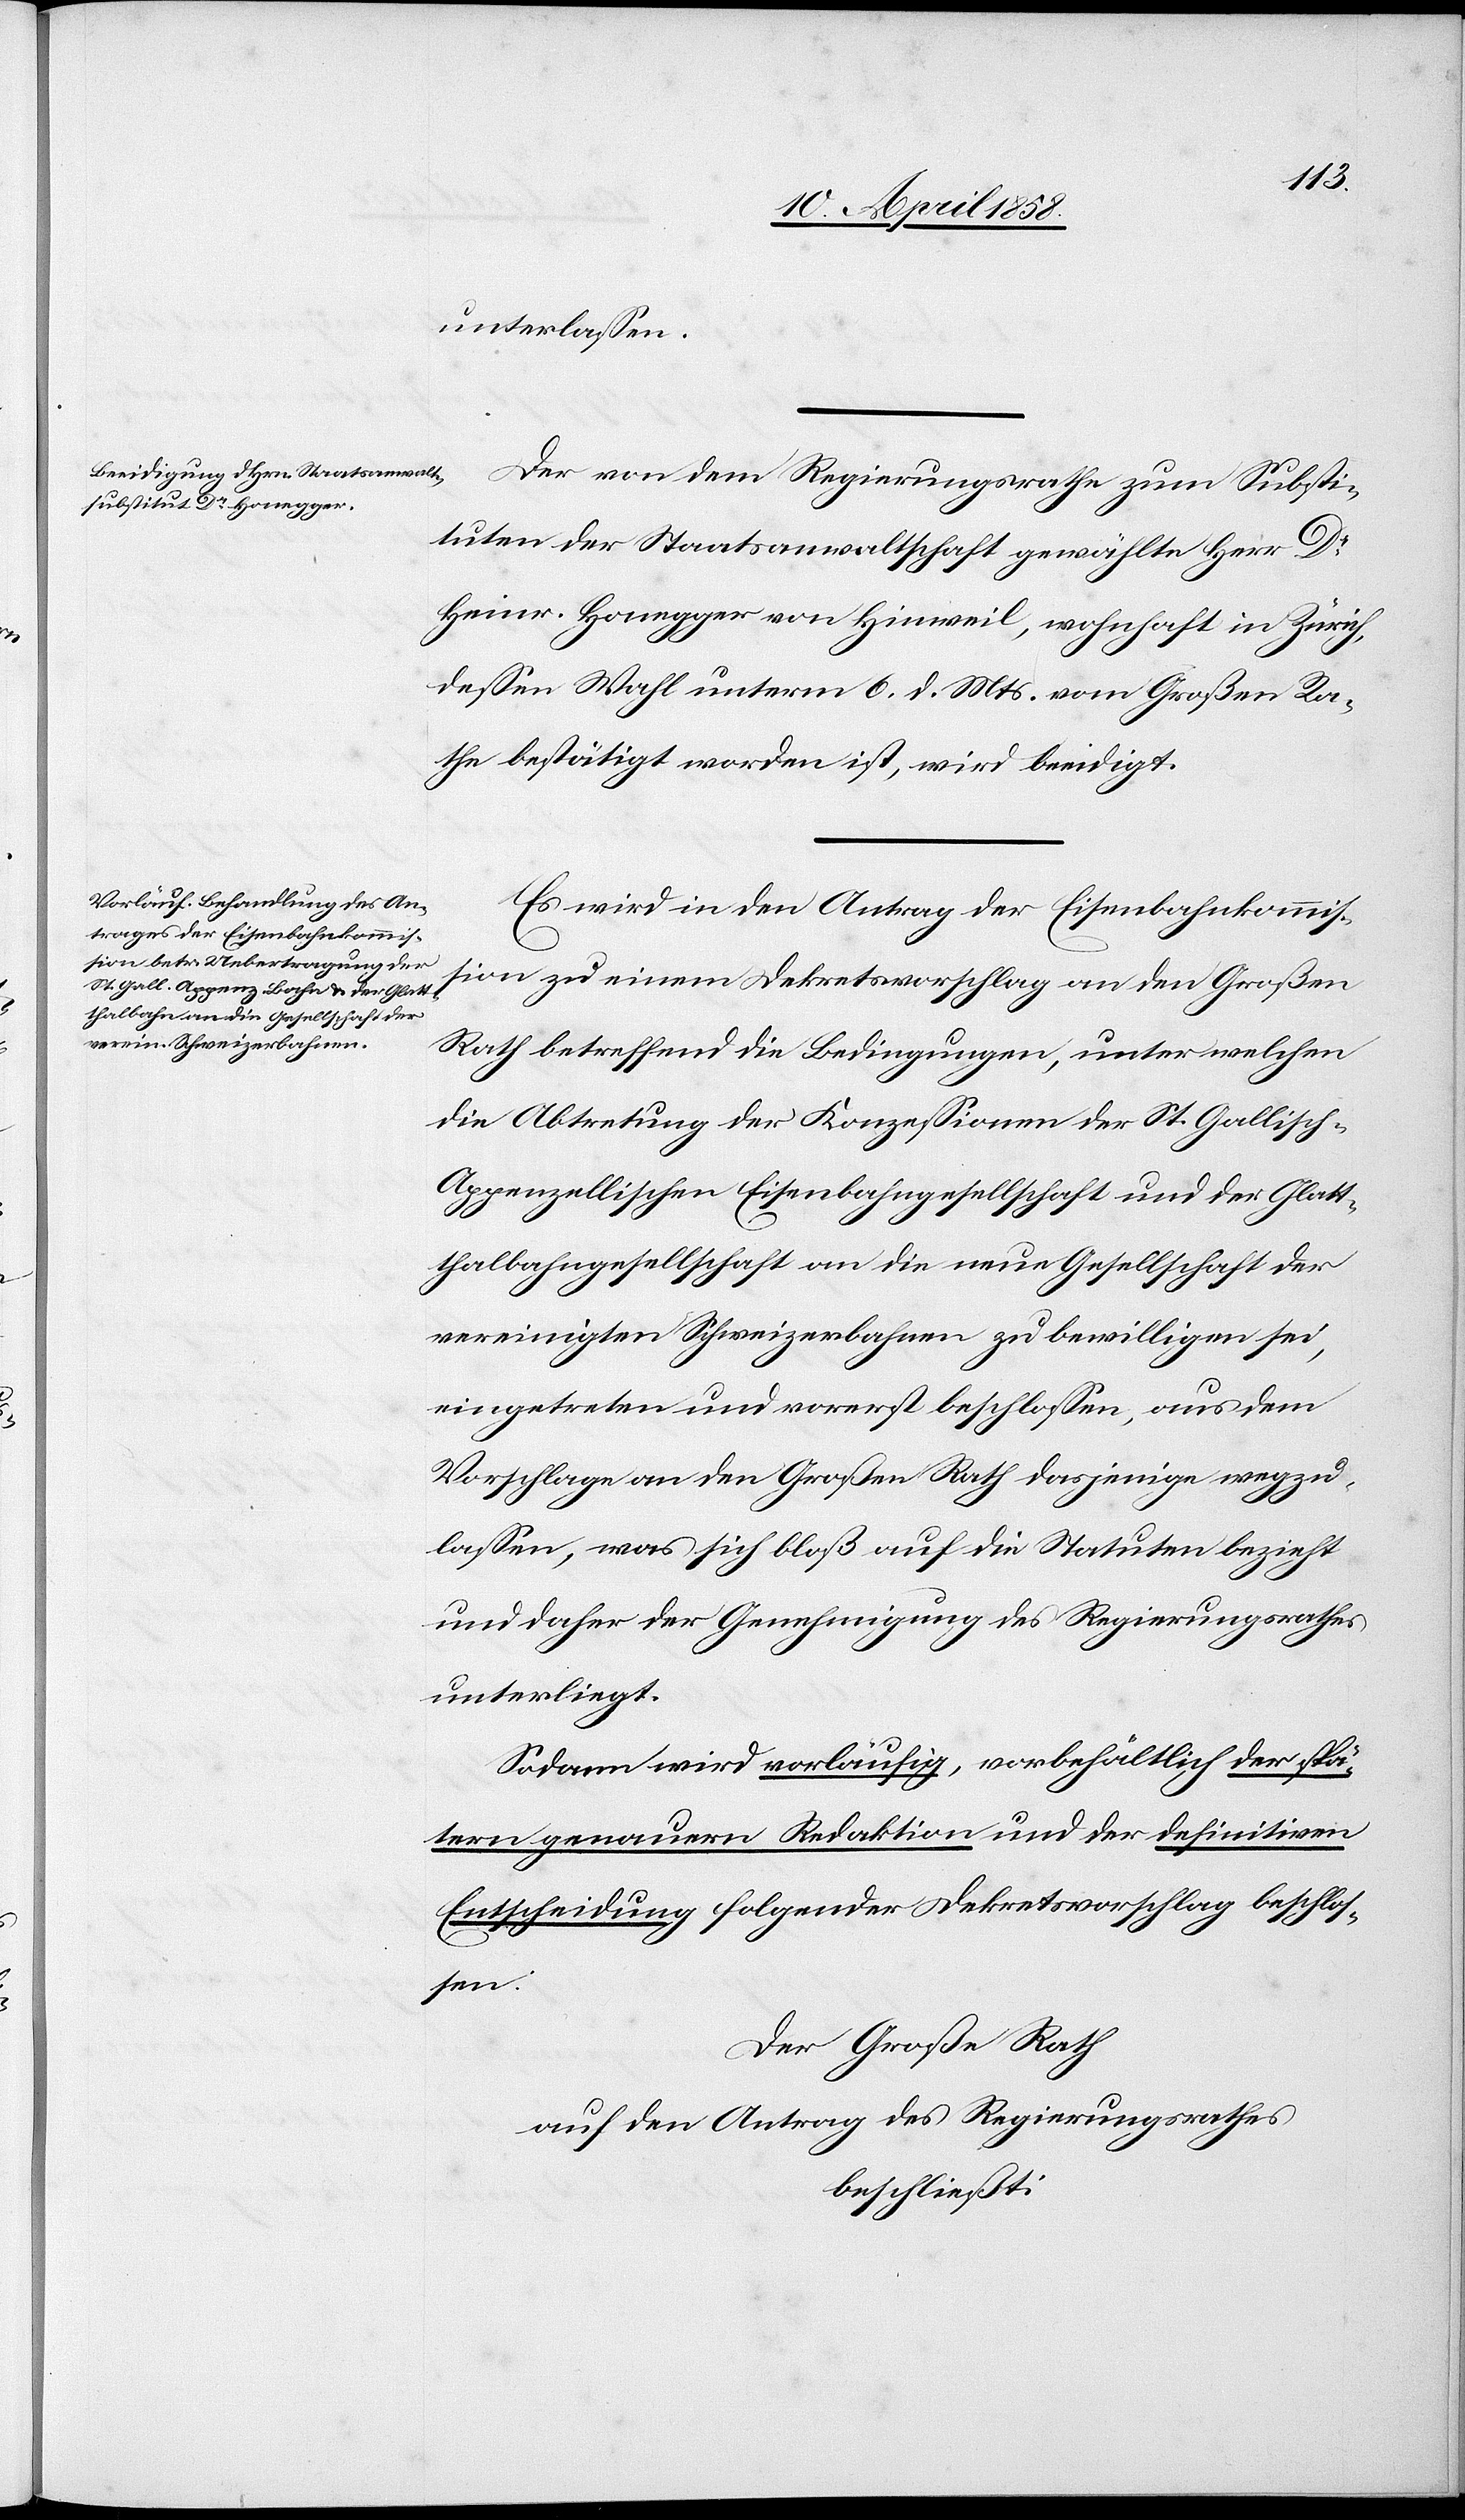
unterlassen.
Der von dem Regierungsrathe zum Substi¬
tuten der Staatsanwaltschaft gewählte Herr Dr
Heinr. Honegger von Hinweil, wohnhaft in Zürich,
dessen Wahl unterm 6. d. Mts. vom Großen Ra¬
the bestätigt worden ist, wird beeidigt.
Es wird in den Antrag der Eisenbahnkommis¬
sion zu einem Dekretsvorschlag an den Großen
Rath betreffend die Bedingungen, unter welchen
die Abtretung der Konzessionen der St. Gallisch-A¬
ppenzellischen Eisenbahngesellschaft und der Glatt¬
thalbahngesellschaft an die neue Gesellschaft der
vereinigten Schweizerbahnen zu bewilligen sei,
eingetreten und vorerst beschlossen, aus dem
Vorschlage an den Großen Rath dasjenige wegzu¬
lassen, was sich bloß auf die Statuten bezieht
und daher der Genehmigung des Regierungsrathes
unterliegt.
Sodann wird vorläufig, vorbehältlich der spä¬
tern genauern Redaktion und der definitiven
Entscheidung folgender Dekretvorschlag beschlos¬
sen:
Der Große Rath
auf den Antrag des Regierungsrathes
beschließt: